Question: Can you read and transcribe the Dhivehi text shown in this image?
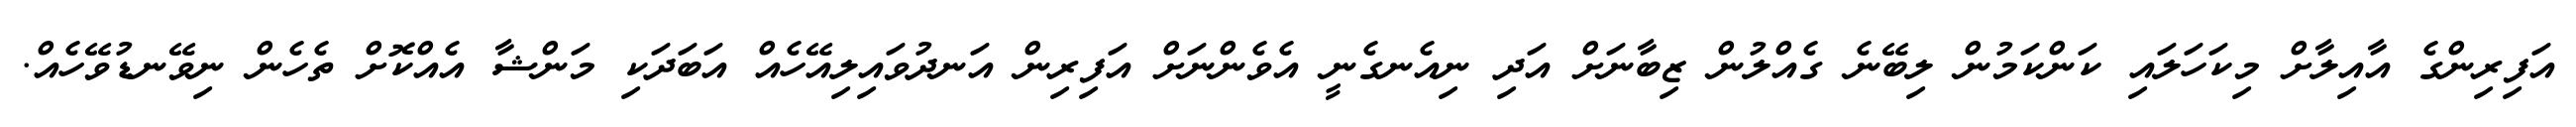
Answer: އަފިރިންގެ އާއިލާށް މިކަހަލައި ކަންކަމުން ލިބޭނެ ގެއްލުން ޒިބާނަށް އަދި ނިއެނގެނީ އެވެންނަށް އަފިރިން އަނދުވައިލިއޭހެއް އަބަދަކި މަންޝާ އެއްކޮށް ތެހެން ނިވޭނޑުވޭހެއް.